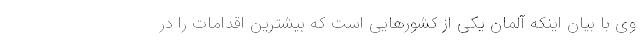
وی با بیان اینکه آلمان یکی از کشورهایی است که بیشترین اقدامات را در